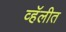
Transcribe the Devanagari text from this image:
व्हॅलीत